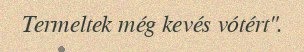
Termeltek még kevés vótért".